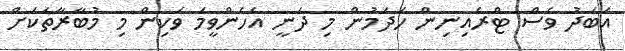
އަބަދު ވެސް ޓްރެއިނިން ހަދަމުން މި ދަނީ އެހެންވީމަ ވަކިން މި މުބާރާތަކަށް